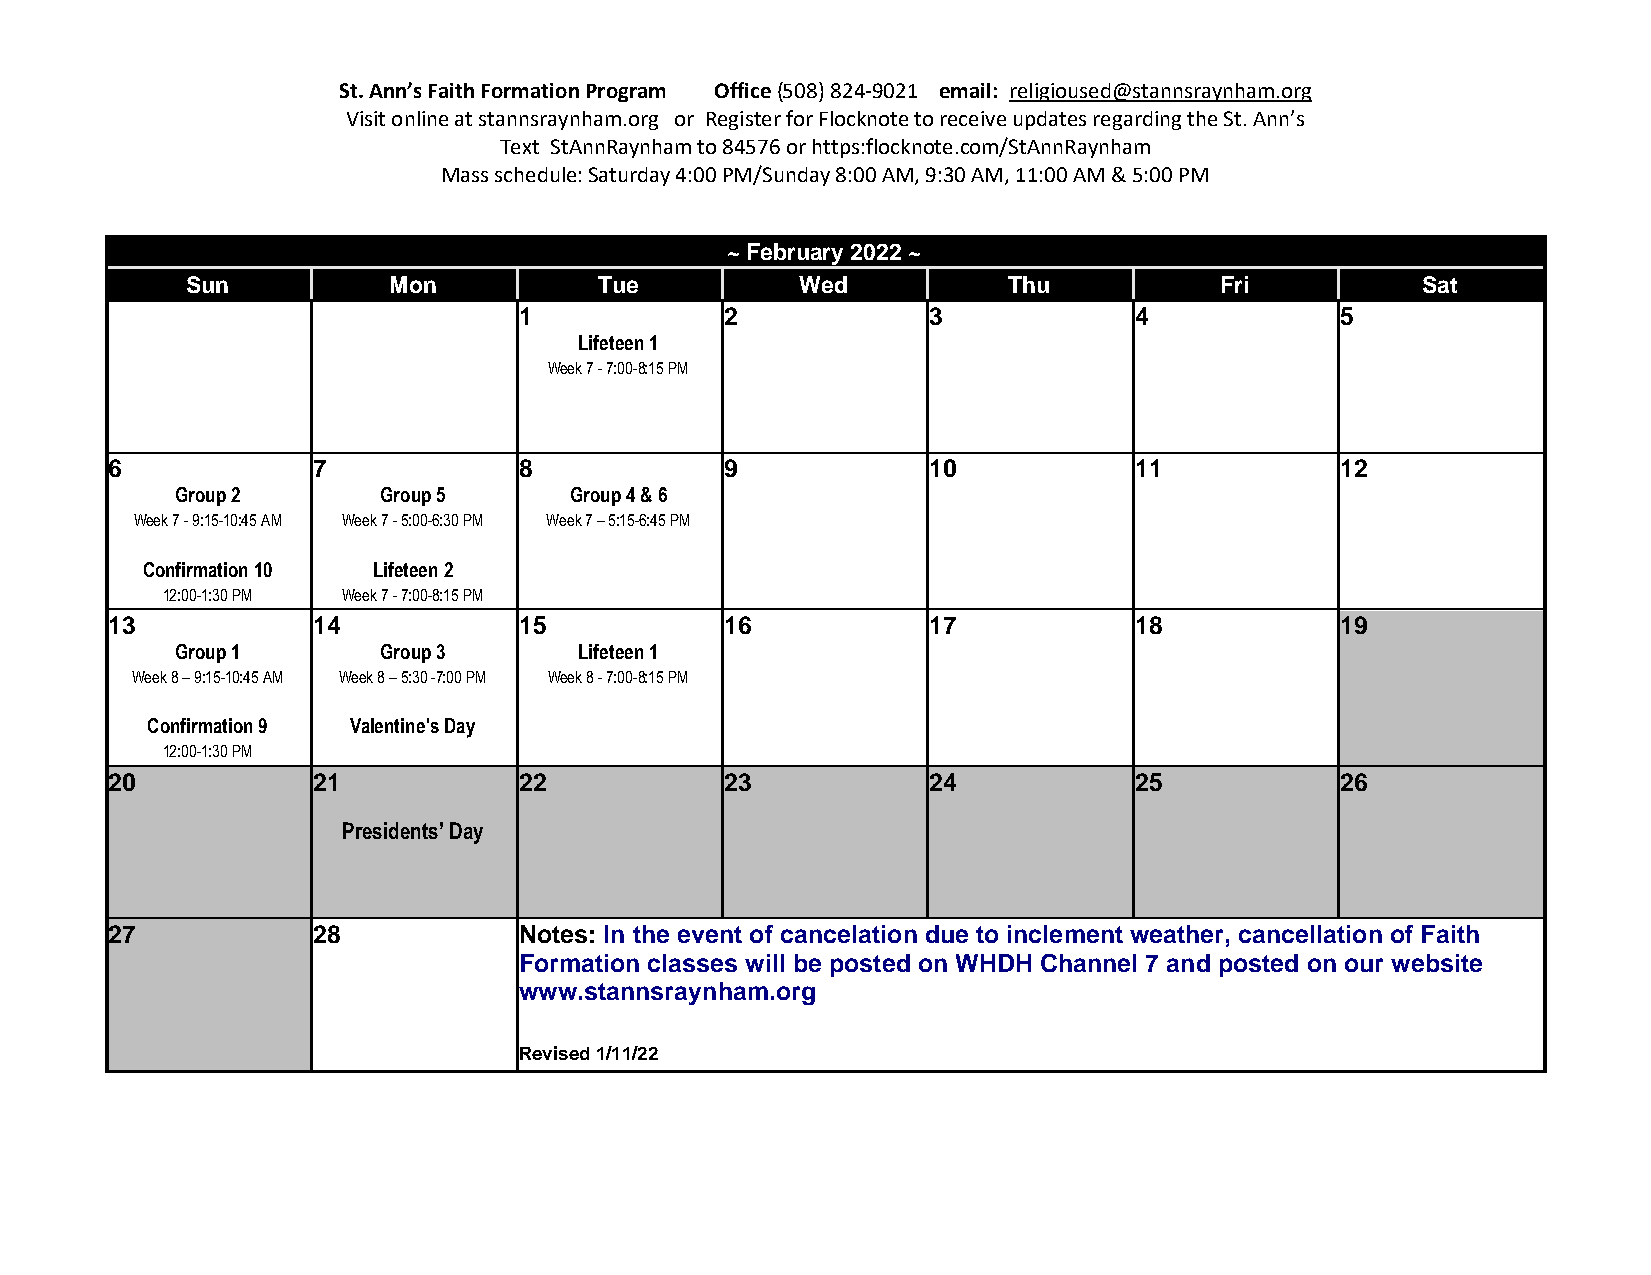
St. Ann’s Faith Formation Program Office (508) 824-9021 email: religioused@stannsraynham.org
 Visit online at stannsraynham.org or Register for Flocknote to receive updates regarding the St. Ann’s
 Text StAnnRaynham to 84576 or https:flocknote.com/StAnnRaynham
 Mass schedule: Saturday 4:00 PM/Sunday 8:00 AM, 9:30 AM, 11:00 AM & 5:00 PM
 ~ February 2022 ~
 Sun           Mon           Tue          Wed           Thu           Fri          Sat
 1             2            3             4             5
 Lifeteen 1
 Week 7 - 7:00-8:15 PM
 6             7            8             9            10            11            12
 Group 2      Group 5      Group 4 & 6
 Week 7 - 9:15-10:45 AM Week 7 - 5:00-6:30 PM Week 7 – 5:15-6:45 PM
 Confirmation 10 Lifeteen 2
 12:00-1:30 PM Week 7 - 7:00-8:15 PM
 13            14           15            16           17            18            19
 Group 1      Group 3      Lifeteen 1
 Week 8 – 9:15-10:45 AM Week 8 – 5:30 -7:00 PM Week 8 - 7:00-8:15 PM
 Confirmation 9 Valentine's Day
 12:00-1:30 PM
 20            21           22            23           24            25            26
 Presidents’ Day
 27            28           Notes: In the event of cancelation due to inclement weather, cancellation of Faith
 Formation classes will be posted on WHDH Channel 7 and posted on our website
 www.stannsraynham.org
 Revised 1/11/22